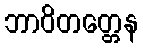
ဘာဝိတတ္တေန